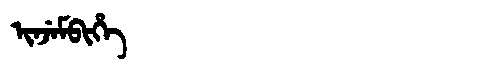
Manchu: ᡳᠨᠵᡝᠮᠪᡳᡥᡝ
Romanization: INJEMBIHE